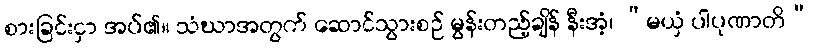
စားခြင်းငှာ အပ်၏။ သံဃာအတွက် ဆောင်သွားစဉ် မွန်းတည့်ချိန် နီးအံ့၊ “မယှံ ပါပုဏာတိ”